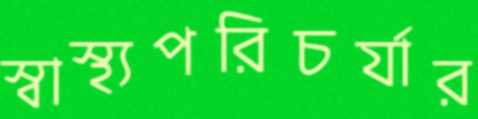
স্বাস্থ্যপরিচর্যার